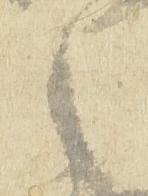
之